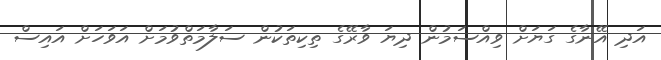
އަދި އޭނާގެ ގަޔަށް ވިއްސަމުން ދިޔަ ވާރޭގެ ތިކިތަކުން ސަލާމަތްވުމަށް އަވަހަށް އައިސް